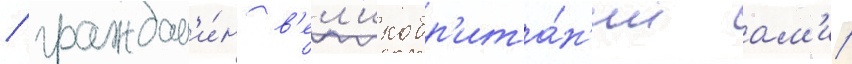
/ граждан'и́н в'ел'икобр'ита́н'ии ам'ир